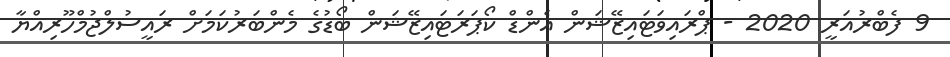
9 ފެބްރުއަރީ 2020 - ޕްރައިވަޓައިޒޭޝަން އެންޑް ކޯޕަރަޓައިޒޭޝަން ބޯޑުގެ މެންބަރުކަމަށް ރައީސުލްޖުމްހޫރިއްޔާ